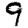
Digit: 9